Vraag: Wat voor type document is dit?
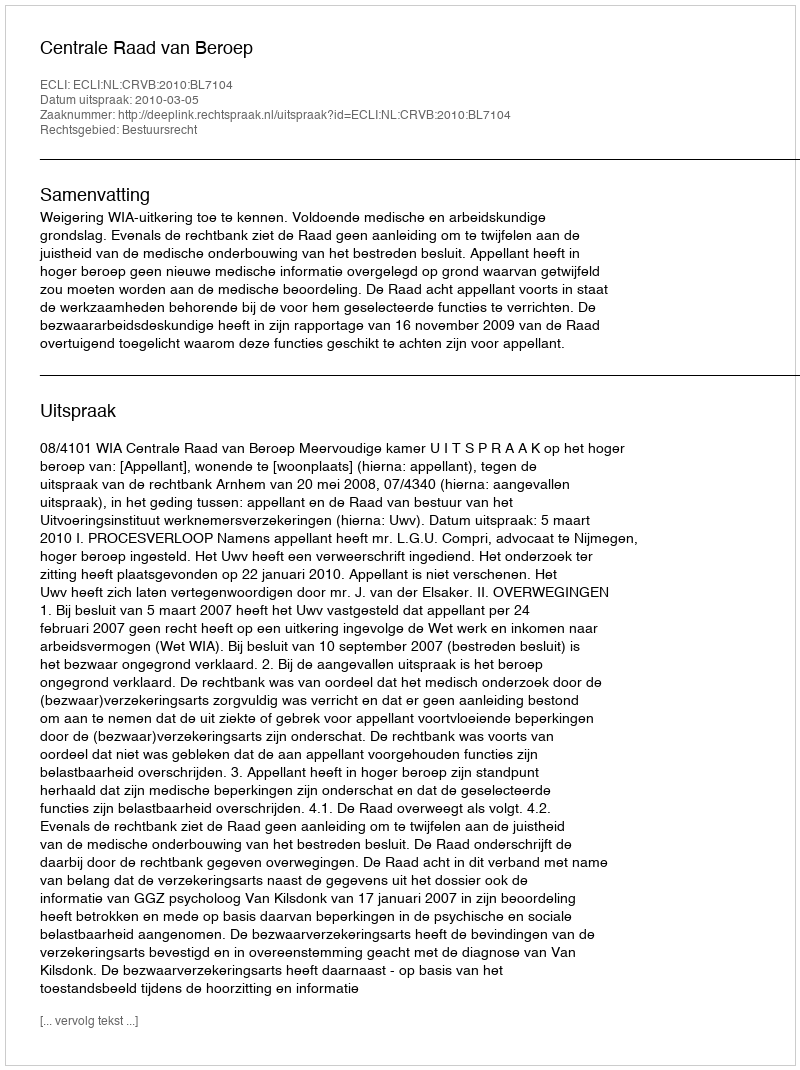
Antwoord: Uitspraak